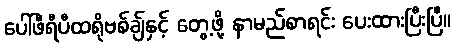
ပေါ်ဖီရီပီထရိုဗစ်ချ်နှင့် တွေ့ဖို့ နာမည်စာရင်း ပေးထားပြီးပြီ။